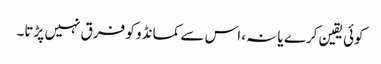
کوئی یقین کرے یا نہ، اس سے کمانڈو کو فرق نہیں پڑتا۔